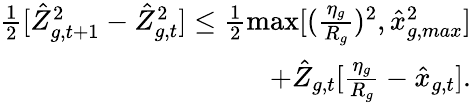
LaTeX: \begin{array}{r}{\frac{1}{2}[\hat{Z}_{g,t+1}^{2}-\hat{Z}_{g,t}^{2}]\leq\frac{1}{2}\operatorname*{max}[(\frac{\eta_{g}}{R_{g}})^{2},\hat{x}_{g,max}^{2}]}\\ {+\hat{Z}_{g,t}[\frac{\eta_{g}}{R_{g}}-\hat{x}_{g,t}].}\end{array}